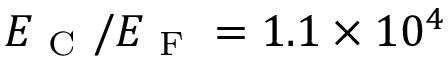
E _ { \mathrm { ~ C ~ } } / E _ { \mathrm { ~ F ~ } } = 1 . 1 \times 1 0 ^ { 4 }